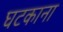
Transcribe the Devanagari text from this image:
घटकाना